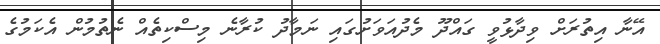
އޭނާ އިތުރަށް ވިދާޅުވީ ގައްދޫ މެދުއަވަށުގައި ނަމާދު ކުރާނެ މިސްކިތެއް ނެތުމުން އެކަމުގެ